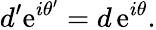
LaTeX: d^{\prime}\mathrm{e}^{i\theta^{\prime}}=d\, \mathrm{e}^{i\theta}.